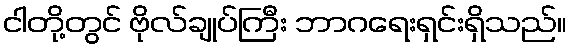
ငါတို့တွင် ဗိုလ်ချုပ်ကြီး ဘာဂရေးရှင်းရှိသည်။